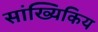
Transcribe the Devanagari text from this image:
सांख्यिकिय